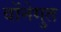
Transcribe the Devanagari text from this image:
वोंनेगुत